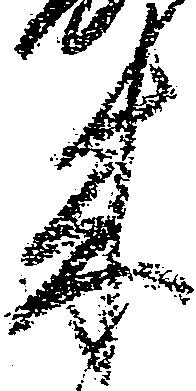
来